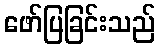
ဖော်ပြခြင်းသည်